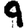
Digit: 9